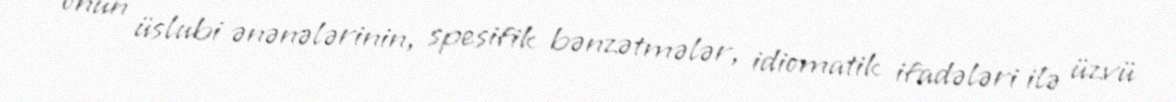
onun üslubi ənənələrinin, spesifik bənzətmələr, idiomatik ifadələri ilə üzvü